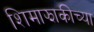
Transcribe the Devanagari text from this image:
शिमाझाकीच्या